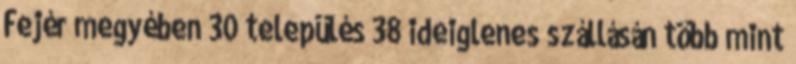
Fejér megyében 30 település 38 ideiglenes szállásán több mint